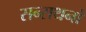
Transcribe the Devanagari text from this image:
सन्सथनों